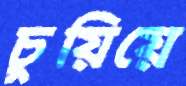
চুয়িয়ে